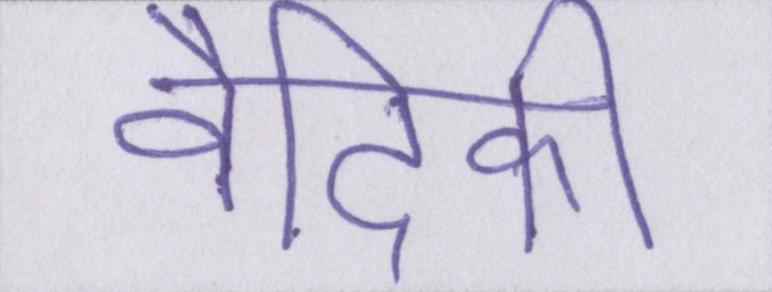
वैदिकी